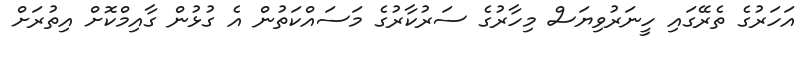
އަހަރުގެ ތެރޭގައި ހީނަރުވިޔަސް މިހާރުގެ ސަރުކާރުގެ މަސައްކަތުން އެ ގުޅުން ގާއިމްކޮށް އިތުރަށް